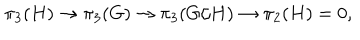
LaTeX: \pi _ { 3 } ( H ) \to \pi _ { 3 } ( G ) \to \pi _ { 3 } ( G / H ) \to \pi _ { 2 } ( H ) = 0 ,